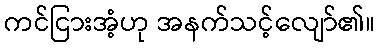
ကင်ငြားအံ့ဟု အနက်သင့်လျော်၏။